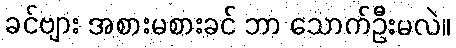
ခင်ဗျား အစားမစားခင် ဘာ သောက်ဦးမလဲ။